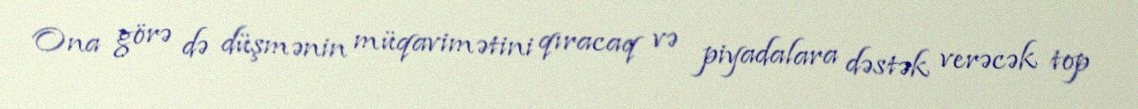
Ona görə də düşmənin müqavimətini qıracaq və piyadalara dəstək verəcək top